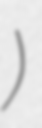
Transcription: район)